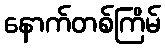
နောက်တစ်ကြိမ်